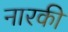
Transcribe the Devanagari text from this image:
नारकी